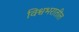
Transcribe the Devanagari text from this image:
विश्वभरातील